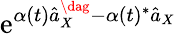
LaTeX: \mathrm{e}^{\alpha(t)\hat{{a}}_{X}^{\dag}-\alpha(t)^{*}\hat{{a}}_{X}}